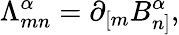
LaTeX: {\Lambda}_{mn}^{\alpha}=\partial_{[m}B_{n]}^{\alpha},